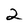
Character: 2